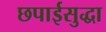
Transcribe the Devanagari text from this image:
छपाईसुद्धा